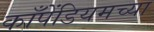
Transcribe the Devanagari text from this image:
काँपेंडियमच्या